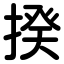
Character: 揆